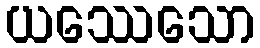
ယဿေသော